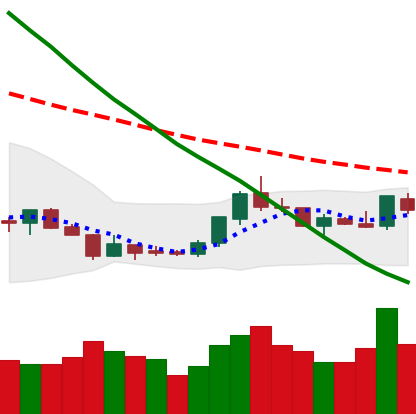
Ticker: LTC-USD
Chart end date: 2018-07-25
Forward return: -3.977%
Label: down_3_5